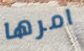
امرها